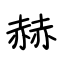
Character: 赫